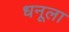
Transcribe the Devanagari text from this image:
धनूला